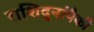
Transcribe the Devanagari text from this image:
राशिदुनांपैकी